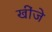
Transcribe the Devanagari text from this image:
खींजे